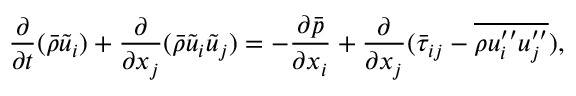
\frac { \partial } { \partial t } ( \Bar { \rho } \Tilde { u } _ { i } ) + \frac { \partial } { \partial x _ { j } } ( \Bar { \rho } \Tilde { u } _ { i } \Tilde { u } _ { j } ) = - \frac { \partial \Bar { p } } { \partial x _ { i } } + \frac { \partial } { \partial x _ { j } } ( \Bar { \tau } _ { i j } - \overline { { \rho u _ { i } ^ { \prime \prime } u _ { j } ^ { \prime \prime } } } ) ,